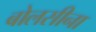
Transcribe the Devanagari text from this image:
बोलसीना